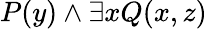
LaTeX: P(y)\land\exists xQ(x,z)